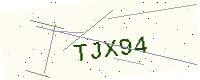
Text: TJX94